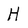
Character: H